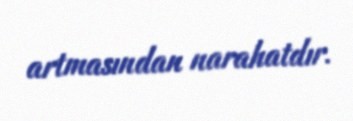
artmasından narahatdır.